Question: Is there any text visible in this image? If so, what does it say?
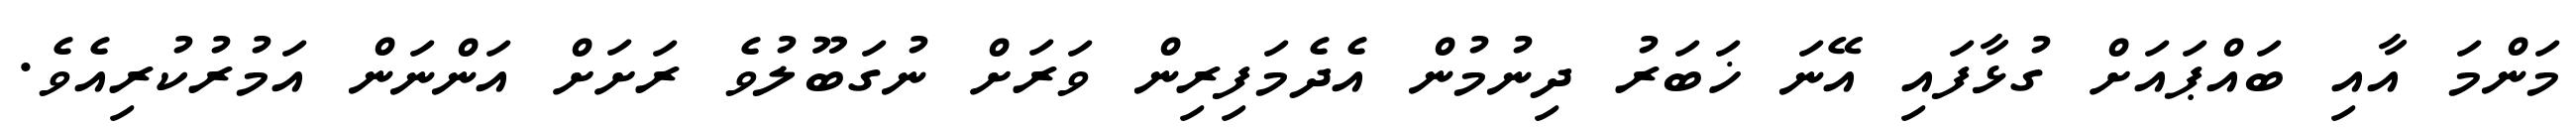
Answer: މަންމަ އާއި ބައްޕައަށް ގުޅާފައި އޭނަ ޚަބަރު ދިނުމުން އެދެމަފިރިން ވަރަށް ނުގަބޫލުވެ ރަށަށް އަންނަން އަމުރުކުރިއެވެ.